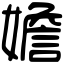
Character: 㜬